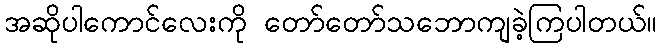
အဆိုပါကောင်လေးကို တော်တော်သဘောကျခဲ့ကြပါတယ်။